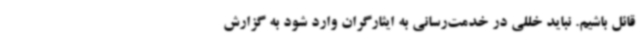
قائل باشیم. نباید خللی در خدمت‌رسانی به ایثارگران وارد شود به گزارش